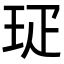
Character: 㺼